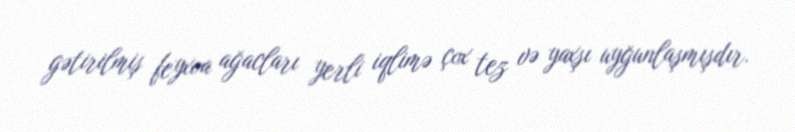
gətirilmiş feyxoa ağacları yerli iqlimə çox tez və yaxşı uyğunlaşmışdır.